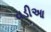
વડીઆ